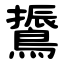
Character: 䳲